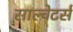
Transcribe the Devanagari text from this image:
साल्वेटर्स